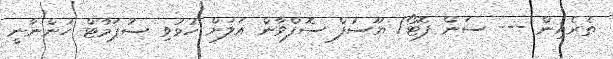
ތެރެއިން --- ސަން ފޮޓޯ/ ޔޫސުފް ސޮފްވާން އަލަށް ހުޅުވި ސުޕަމާޓް ހުންނާނީ